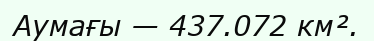
Аумағы — 437.072 км².